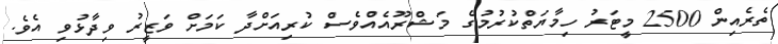
ތެރެއިން 2500 މީޓަރު ހިމާޔަތްކުރުމުގެ މަޝްރޫއެއްވެސް ކުރިއަށްދާ ކަމަށް ވަޒީރު ވިދާޅުވި އެވެ.